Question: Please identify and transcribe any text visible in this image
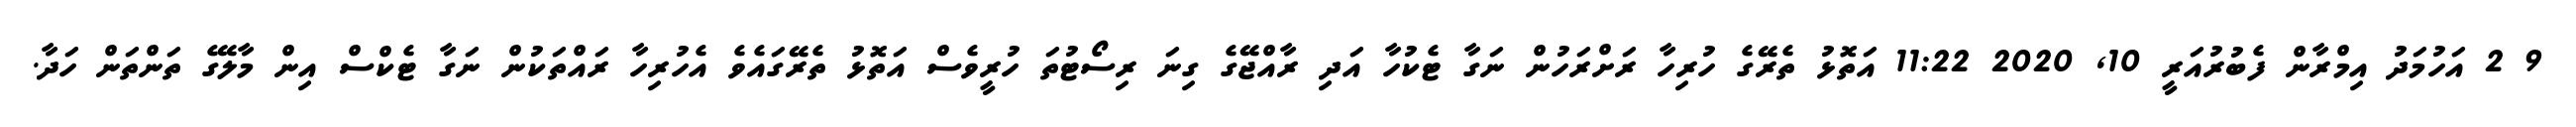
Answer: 9 2 އަހުމަދު އިމްރާން ފެބުރުއަރީ 10, 2020 11:22 އަތޮޅު ތެރޭގެ ހުރިހާ ރަށްރަހުން ނަގާ ޓެކުހާ އަދި ރާއްޖޭގެ ގިނަ ރިސޯޓުތަ ހުރީވެސް އަތޮޅު ތެރޭގައެވެ އެހުރިހާ ރައްތަކުން ނަގާ ޓެކްސް އިން މާލޭގެ ތަންތަން ހަދާ.